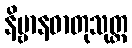
နိဗ္ဗာနဓာတုသုတ္တ